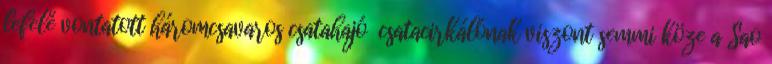
lefelé vontatott háromcsavaros csatahajó csatacirkálónak viszont semmi köze a Sao